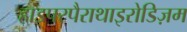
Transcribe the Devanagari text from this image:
हाइपरपैराथाइरोडिज़म